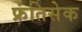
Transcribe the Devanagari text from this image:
फ्रंतिसेक